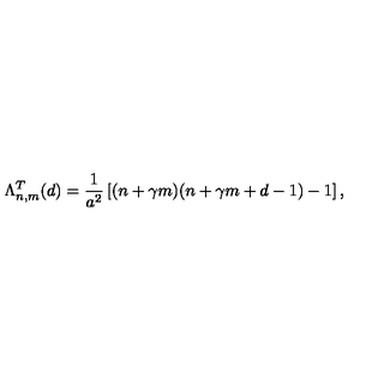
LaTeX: \Lambda _ { n , m } ^ { T } ( d ) = { \frac { 1 } { { a } ^ { 2 } } } \left[ ( n + \gamma m ) ( n + \gamma m + d - 1 ) - 1 \right] ,